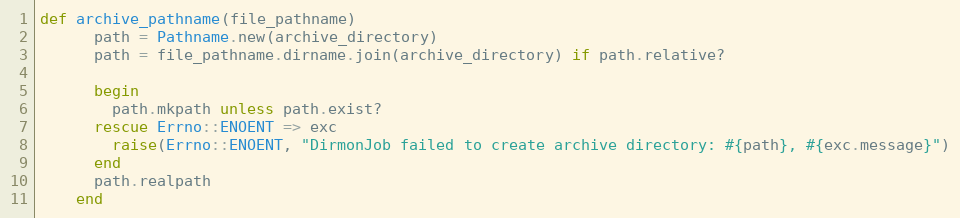
Language: Ruby
def archive_pathname(file_pathname)
      path = Pathname.new(archive_directory)
      path = file_pathname.dirname.join(archive_directory) if path.relative?

      begin
        path.mkpath unless path.exist?
      rescue Errno::ENOENT => exc
        raise(Errno::ENOENT, "DirmonJob failed to create archive directory: #{path}, #{exc.message}")
      end
      path.realpath
    end